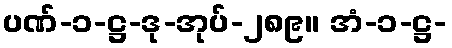
ပဏ်-၁-ဋ္ဌ-ဒု-အုပ်-၂၈၉။ အံ-၁-ဋ္ဌ-